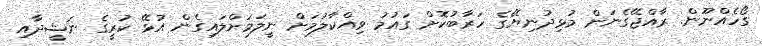
ގޯހެއްނޫން. ރާއްޖޭގެނަން މުޅިދުނިޔޭގެ ހަރާބުކޮށް ގައުމު ވިއްކާލުމަށް ނީލަމަށްލައިގެން އުޅޭ ކުރީގެ ނަޝީދާއި